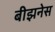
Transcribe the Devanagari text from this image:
बीझनेस